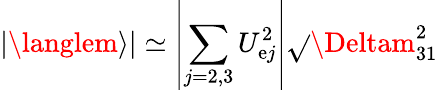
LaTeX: |\langlem\rangle|\simeq\left|\sum_{j=2,3}U_{\mathrm{e}j}^{2}\right|\sqrt{}{{\Deltam_{31}^{2}}}